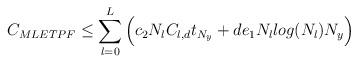
LaTeX: \begin{align*}C_{MLETPF} \leq \sum^{L}_{l=0}\Big(c_{2}N_{l}C_{l,d}t_{N_{y}} + de_{1}N_{l}log(N_{l})N_{y}\Big)\end{align*}